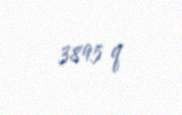
3895 q